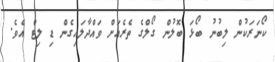
ކޯނަރަކުން ލިބުނު ބޯޅަ ބޮލުން ގޯލްގެ ތެރެއަށް ވައްދާލައިގެން ޑި ލިޓް އެވެ.